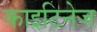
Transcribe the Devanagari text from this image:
काइटिनेज